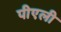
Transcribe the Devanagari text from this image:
पीएली